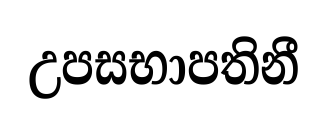
උපසභාපතිනී